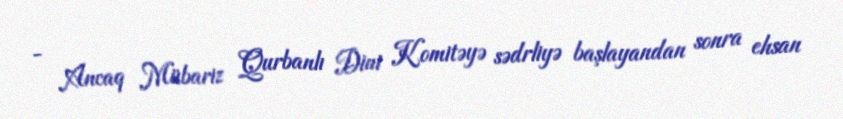
- Ancaq Mübariz Qurbanlı Dini Komitəyə sədrliyə başlayandan sonra ehsan